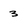
Character: 3